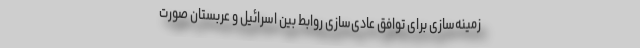
زمینه‌سازی برای توافق عادی‌سازی روابط بین اسرائیل و عربستان صورت